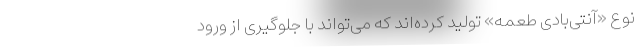
نوع «آنتی‌بادی طعمه» تولید کرده‌اند که می‌تواند با جلوگیری از ورود